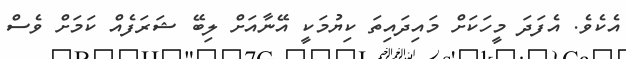
އެކެވެ. އެފަދަ މީހަކަށް މައިދައިތަ ކިޔުމަކީ އޭނާއަށް ލިބޭ ޝަރަފެއް ކަމަށް ވެސް